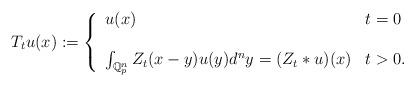
LaTeX: \begin{align*}T_{t}u(x):=\left\{\begin{array}{ll}u(x) & t=0 \\& \\\int_{\mathbf{\mathbb{Q}}_{p}^{n}}Z_{t}(x-y)u(y)d^{n}y=(Z_{t}\ast u)(x) & t>0.\end{array}\right. \end{align*}